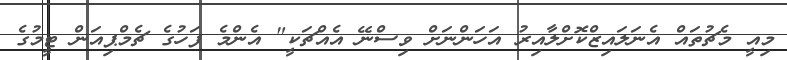
މިއީ މެޗުތައް އެނަލައިޒްކޮށްލާއިރު އަހަންނަށް ވިސްނޭ އެއްޗަކީ" އެންމެ ފަހުގެ ޗެމްޕިއަން ޓީމުގެ